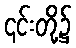
၎င်းတို့၌